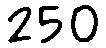
250